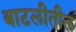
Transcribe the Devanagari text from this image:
बाटलीतील